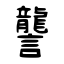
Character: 讋